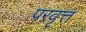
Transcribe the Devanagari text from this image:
परवृत्त